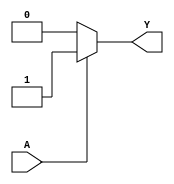
module single_variable_kmap (
    input wire A,    // Single binary input
    output wire Y    // Single binary output
);

// Define the K-map outputs for A = 0 and A = 1
parameter Y0 = 1'b0; // Change to 1'b1 if you want Y0 = 1 when A = 0
parameter Y1 = 1'b1; // Change to 1'b1 if you want Y1 = 1 when A = 1

// Combinational logic to determine the output Y based on input A
assign Y = (A == 1'b0) ? Y0 : Y1;

endmodule